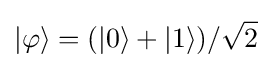
|\varphi \rangle =(|0\rangle +|1\rangle )/{\sqrt {2}}